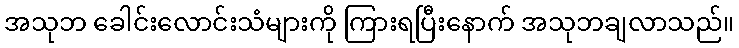
အသုဘ ခေါင်းလောင်းသံများကို ကြားရပြီးနောက် အသုဘချလာသည်။